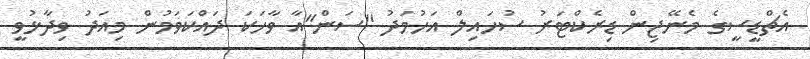
އެޗްޑީސީގެ މެނޭޖިން ޑިރެކްޓަރު ސުހައިލް އަހުމަދު "ސަން"އާ ވާހަކަ ދައްކަވަމުން މިއަދު ވިދާޅުވީ